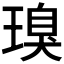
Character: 𮴪